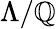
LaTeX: \Lambda/\mathbb{Q}